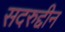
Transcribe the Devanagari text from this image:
सदरुद्दीन